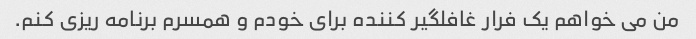
من می خواهم یک فرار غافلگیر کننده برای خودم و همسرم برنامه ریزی کنم.